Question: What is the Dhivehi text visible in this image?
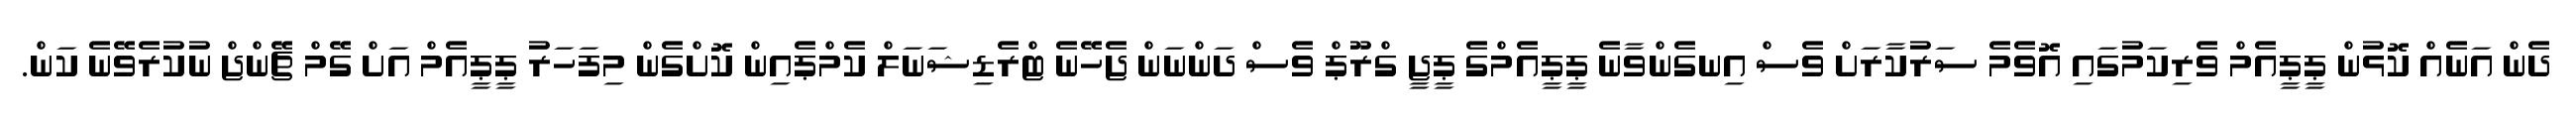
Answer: ދެން އަނެއް ކޮޅުން ޕީޕީއެމް ވެރިކަމުގައި އޮވެމެ ސަރުކާރަށް ވެސް އިނގެންވާނެ ޕީޕީއެމްގެ ޕީޖީ ގްރޫޕް ވެސް ދަންނަން ޖެހޭނެ ޓްރެޑިޝަނަލް ކެމްޕެއިން ކޮށްގެން މިފަހަރު ޕީޕީއެމް އަށް ގޭމް ޗޭންޖް ނުކުރެވޭނެ ކަން.